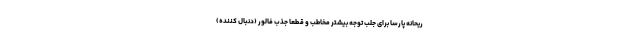
ریحانه پارسا برای جلب توجه بیشتر مخاطب و قطعا جذب فالور (دنبال کننده)